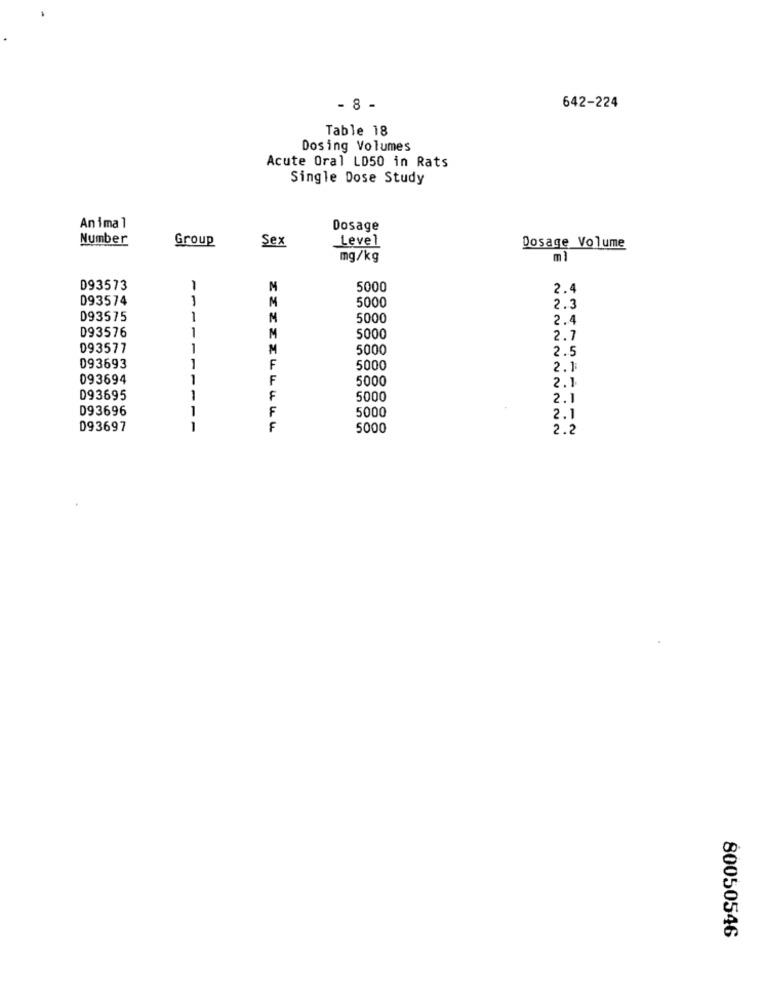
- 8 -
642-224
Table 18
Dosing Volumes
Acute Oral LD50 in Rats
Single Dose Study
An ima 1
Dosage
Number
Group
Level
Sex
Dosage Volume
mg/kg
ml
D93573
1
M
5000
2.4
093574
-
M
5000
2.3
D93575
1
N
5000
2.
D93576
1
M
5000
2.7
093577
1
M
5000
2.5
093693
F
5000
2.1
093694
11
F
5000
2.1
D93695
1
F
5000
2.1
093696
1
F
5000
2.1
093697
1
5000
2.2
80050546